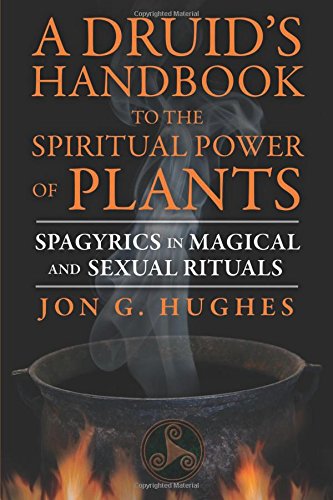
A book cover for A Druid's Handbook to the Spiritual Power of Plants: Spagyrics in Magical and Sexual Rituals; Jon G. Hughes; Religion & Spirituality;